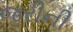
જરીની